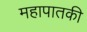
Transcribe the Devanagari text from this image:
महापातकी